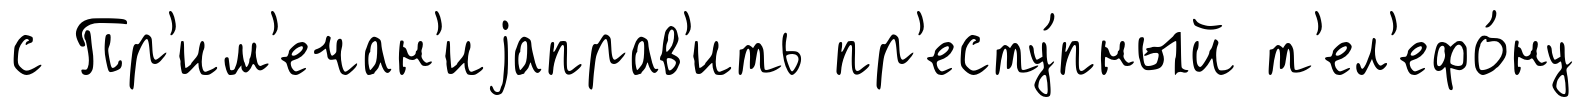
с Пр'им'ечан'иjаправ'ить пр'есту́пный т'ел'ефо́ну